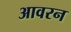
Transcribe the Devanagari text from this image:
आवरन